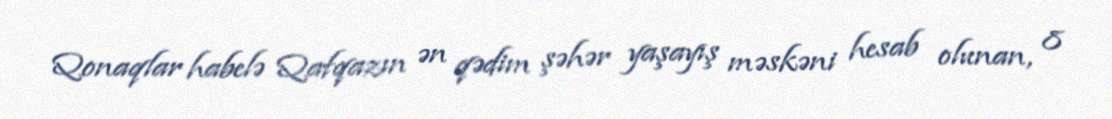
Qonaqlar habelə Qafqazın ən qədim şəhər yaşayış məskəni hesab olunan, 8